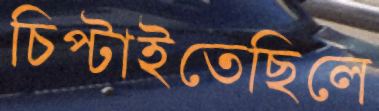
চিপ্‌টাইতেছিলে